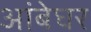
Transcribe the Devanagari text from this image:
आंबेघर